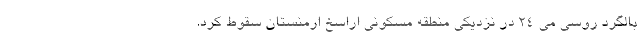
بالگرد روسی می ۲۴ در نزدیکی منطقه مسکونی اراسخ ارمنستان سقوط کرد.